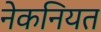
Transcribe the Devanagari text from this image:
नेकनियत